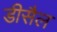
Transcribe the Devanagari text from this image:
डीसैल